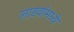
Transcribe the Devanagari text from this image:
लाडवांमध्ये